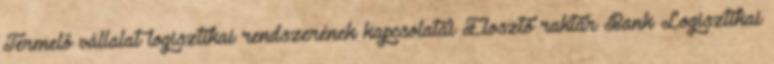
Termelő vállalat logisztikai rendszerének kapcsolatai Elosztó raktár Bank Logisztikai